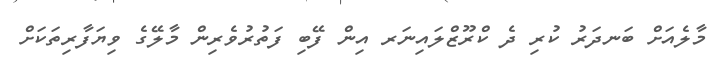
މާލެއަށް ބަނދަރު ކުރި ދެ ކްރޫޒްލައިނަރ އިން ފޭބި ފަތުރުވެރިން މާލޭގެ ވިޔަފާރިތަކަށް